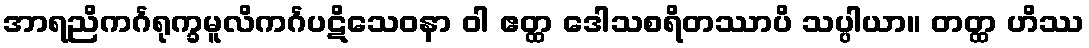
အာရညိကင်္ဂရုက္ခမူလိကင်္ဂပဋိသေဝနာ ဝါ ဧတ္ထ ဒေါသစရိတဿာပိ သပ္ပါယာ။ တတ္ထ ဟိဿ